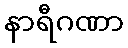
နာရီဂဏာ